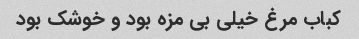
کباب مرغ خیلی بی مزه بود و خوشک بود